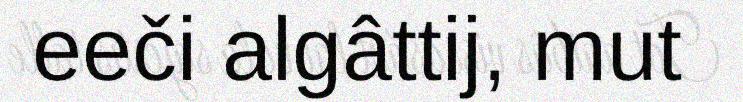
eeči algâttij, mut